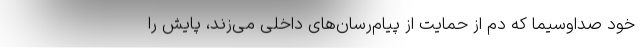
خود صداوسیما که دم از حمایت از پیام‌رسان‌های داخلی می‌زند، پایش را